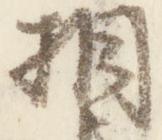
相